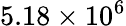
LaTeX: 5.18\times 10^{6}